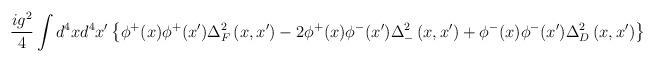
LaTeX: \begin{align*}\frac{ig^2}4\int d^4xd^4x^{\prime }\left\{ \phi ^{+}(x)\phi ^{+}(x^{\prime})\Delta _F^2\left( x,x^{\prime }\right) -2\phi ^{+}(x)\phi ^{-}(x^{\prime})\Delta _{-}^2\left( x,x^{\prime }\right) +\phi ^{-}(x)\phi ^{-}(x^{\prime})\Delta _D^2\left( x,x^{\prime }\right) \right\} \end{align*}